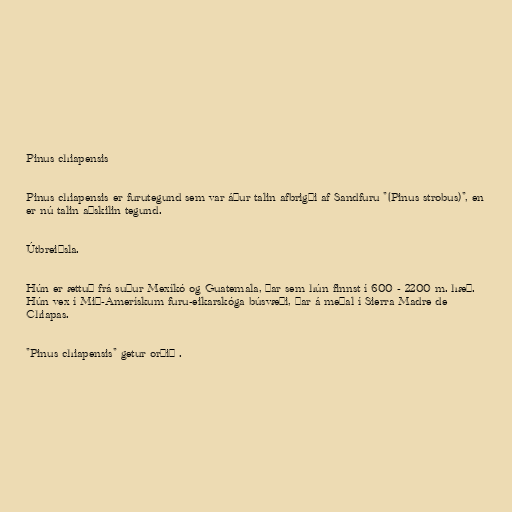
Pinus chiapensis

Pinus chiapensis er furutegund sem var áður talin afbrigði af Sandfuru "(Pinus strobus)", en
er nú talin aðskilin tegund.

Útbreiðsla.

Hún er ættuð frá suður Mexíkó og Guatemala, þar sem hún finnst í 600 - 2200 m. hæð.
Hún vex í Mið-Amerískum furu-eikarskóga búsvæði, þar á meðal í Sierra Madre de
Chiapas.

"Pinus chiapensis" getur orðið .